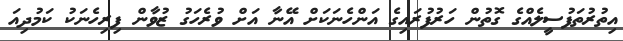
އިތުރުތަފުސީލެއްގެ ގޮތުން ހަރުފުރައިގެ އަންހެނަކަށް އޭނާ އަށް ވުރެހަގު ޒުވާން ފިރިހެނަކު ކަމުދިއަ